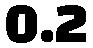
0.2